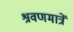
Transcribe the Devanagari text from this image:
श्रवणमात्रें